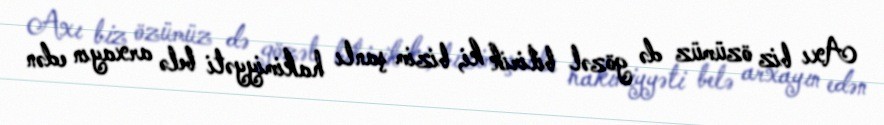
Axı biz özümüz də gözəl bilirik ki, bizim şanlı hakimiyyəti belə arxayın edən